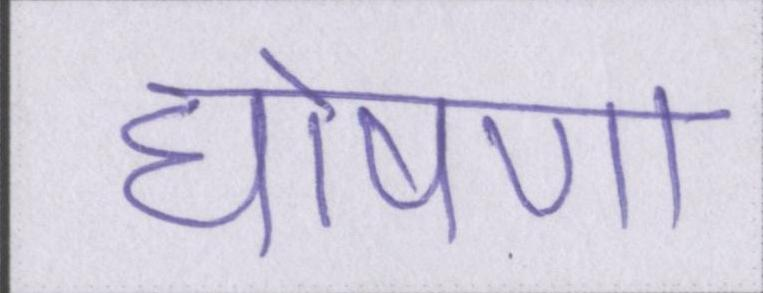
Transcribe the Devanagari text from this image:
घोषणा